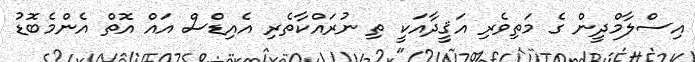
އިސްލާމްދީން ގެ މަތިވެރި އަޤީދާއަކީ ތި ނުރައްކާތެރި އެއިޑްސް އައް އޮތް އެންމެބޮޑު